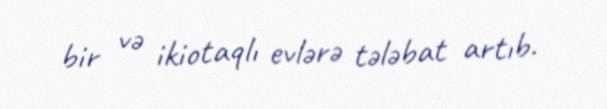
bir və ikiotaqlı evlərə tələbat artıb.